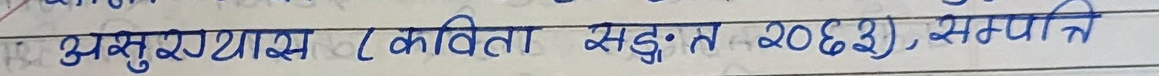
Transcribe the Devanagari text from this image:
असुरायास (कविता संवत २०६३), समाप्ति